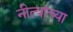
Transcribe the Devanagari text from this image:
नीत्यांच्या